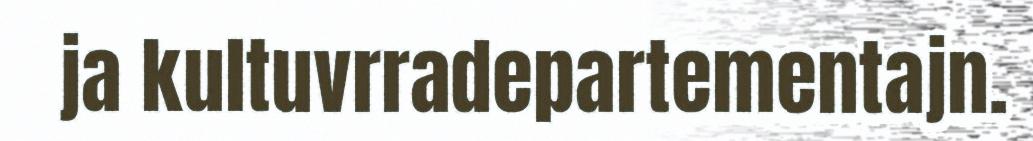
ja kultuvrradepartementajn.